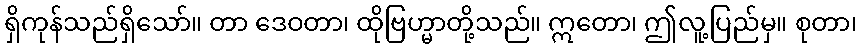
ရှိကုန်သည်ရှိသော်။ တာ ဒေဝတာ၊ ထိုဗြဟ္မာတို့သည်။ ဣတော၊ ဤလူ့ပြည်မှ။ စုတာ၊